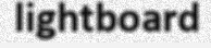
lightboard